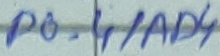
Text: P0.4/AD4